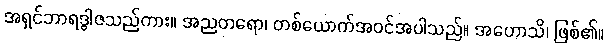
အရှင်ဘာရဒွါဇသည်ကား။ အညတရော၊ တစ်ယောက်အဝင်အပါသည်။ အဟောသိ၊ ဖြစ်၏။